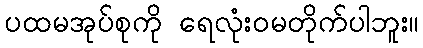
ပထမအုပ်စုကို ရေလုံးဝမတိုက်ပါဘူး။